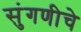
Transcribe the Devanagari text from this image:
सुंगणीचे